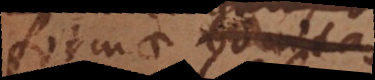
formae bonitas